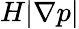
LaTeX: H|\nabla p|